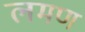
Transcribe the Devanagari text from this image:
लमण